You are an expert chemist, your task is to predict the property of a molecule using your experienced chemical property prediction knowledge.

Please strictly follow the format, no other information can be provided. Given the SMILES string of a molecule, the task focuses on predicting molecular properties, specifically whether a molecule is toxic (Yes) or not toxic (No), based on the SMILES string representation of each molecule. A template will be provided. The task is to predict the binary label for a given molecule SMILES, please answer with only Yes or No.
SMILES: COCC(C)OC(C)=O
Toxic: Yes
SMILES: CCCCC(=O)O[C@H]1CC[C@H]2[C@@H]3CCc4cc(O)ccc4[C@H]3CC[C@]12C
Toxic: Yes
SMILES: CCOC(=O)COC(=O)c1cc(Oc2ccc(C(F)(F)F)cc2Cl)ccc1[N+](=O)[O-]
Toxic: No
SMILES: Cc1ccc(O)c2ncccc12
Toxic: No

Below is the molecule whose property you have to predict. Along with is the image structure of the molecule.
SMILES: CCc1ccc(C(=O)NN(C(=O)c2cc(C)cc(C)c2)C(C)(C)C)cc1
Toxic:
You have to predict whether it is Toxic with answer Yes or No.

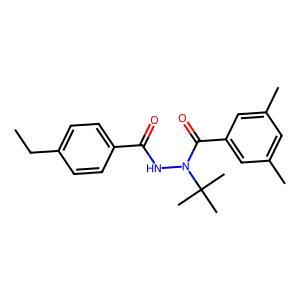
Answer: No